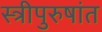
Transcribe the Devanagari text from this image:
स्त्रीपुरुषांत